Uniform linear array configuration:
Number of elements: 8
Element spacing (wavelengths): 0.75
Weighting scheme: uniform
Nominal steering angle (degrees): -60
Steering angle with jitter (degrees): -60.58
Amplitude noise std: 0.05
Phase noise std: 0.05

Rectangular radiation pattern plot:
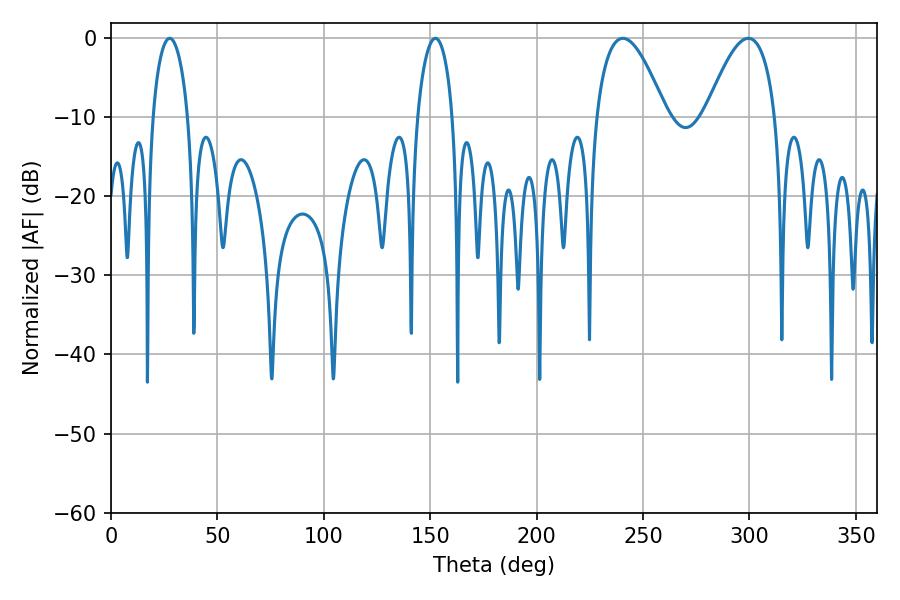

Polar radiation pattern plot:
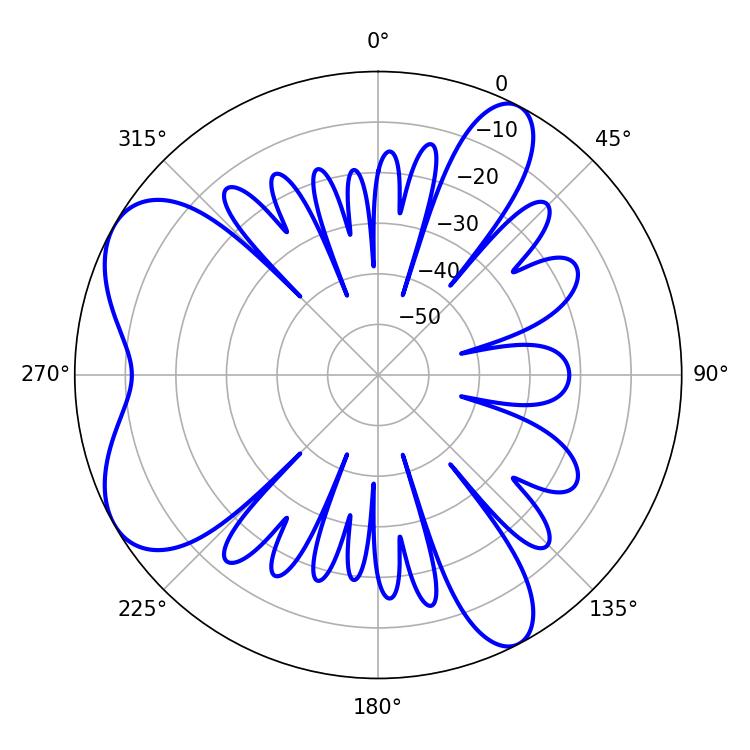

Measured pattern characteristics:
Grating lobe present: TRUE
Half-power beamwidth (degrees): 17.82
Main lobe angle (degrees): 240.48